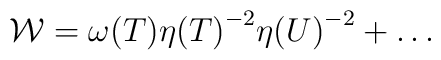
{\cal W} = {\omega(T)}{\eta(T)}^{-2}{\eta(U)}^{-2}+ {\dots}